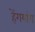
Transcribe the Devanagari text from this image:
हेंगयांग